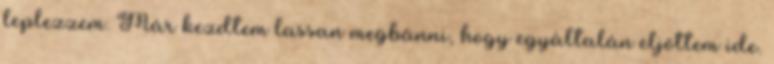
leplezzem. Már kezdtem lassan megbánni, hogy egyáltalán eljöttem ide.